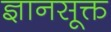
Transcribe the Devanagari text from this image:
ज्ञानसूक्त